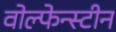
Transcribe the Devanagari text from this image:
वोल्फेन्स्टीन